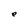
Character: e